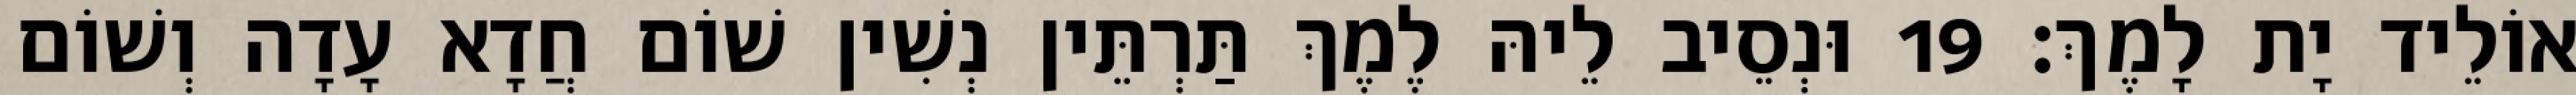
אוֹלֵיד יָת לָמֶךְ׃ 19 וּנְסֵיב לֵיהּ לֶמֶךְ תַּרְתֵּין נְשִׁין שׁוֹם חֲדָא עָדָה וְשׁוֹם